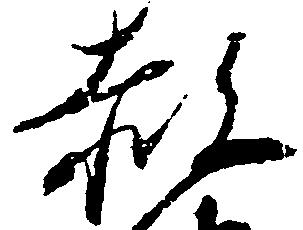
赦